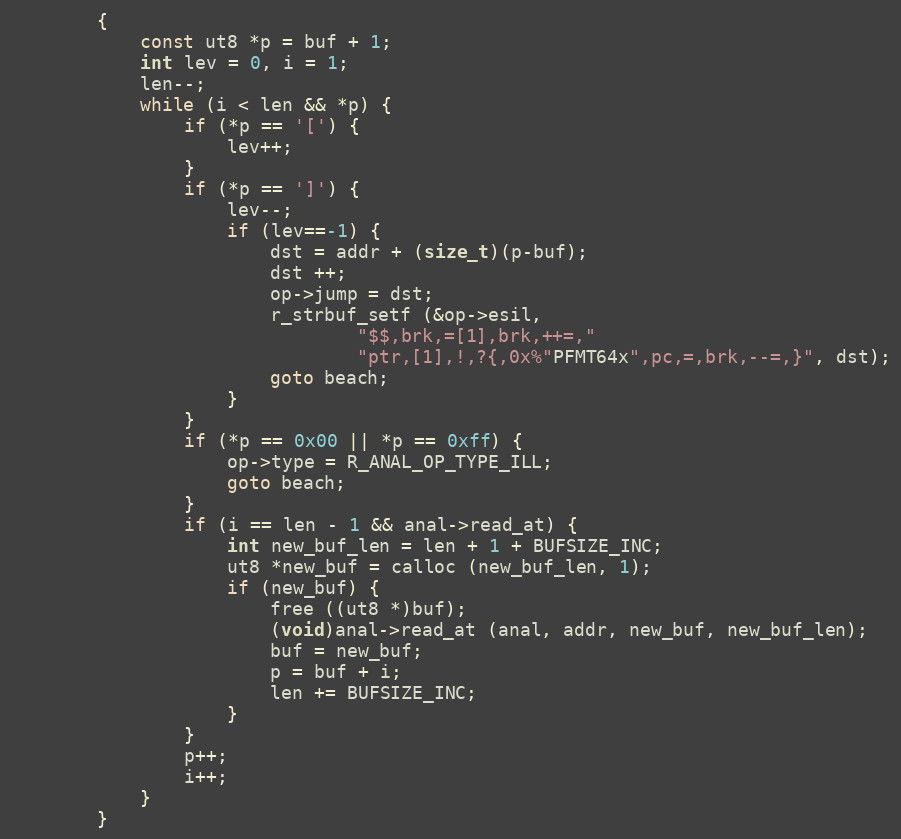
Language: C
		{
			const ut8 *p = buf + 1;
			int lev = 0, i = 1;
			len--;
			while (i < len && *p) {
				if (*p == '[') {
					lev++;
				}
				if (*p == ']') {
					lev--;
					if (lev==-1) {
						dst = addr + (size_t)(p-buf);
						dst ++;
						op->jump = dst;
						r_strbuf_setf (&op->esil,
								"$$,brk,=[1],brk,++=,"
								"ptr,[1],!,?{,0x%"PFMT64x",pc,=,brk,--=,}", dst);
						goto beach;
					}
				}
				if (*p == 0x00 || *p == 0xff) {
					op->type = R_ANAL_OP_TYPE_ILL;
					goto beach;
				}
				if (i == len - 1 && anal->read_at) {
					int new_buf_len = len + 1 + BUFSIZE_INC;
					ut8 *new_buf = calloc (new_buf_len, 1);
					if (new_buf) {
						free ((ut8 *)buf);
						(void)anal->read_at (anal, addr, new_buf, new_buf_len);
						buf = new_buf;
						p = buf + i;
						len += BUFSIZE_INC;
					}
				}
				p++;
				i++;
			}
		}